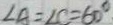
\angle A = \angle C = 6 0 ^ { \circ }